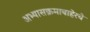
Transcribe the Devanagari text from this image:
अभ्यासक्रमाबाहेरचे